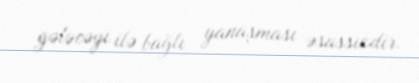
gələcəyi ilə bağlı yanaşması əsassızdir.